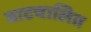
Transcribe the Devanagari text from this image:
वाटचालित